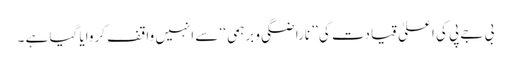
بی جے پی کی اعلیٰ قیادت کی ’’ ناراضگی و برہمی ‘‘ سے انہیں واقف کروایا گیا ہے ۔